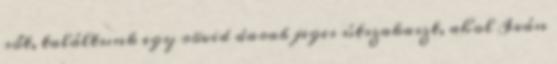
sőt, találtunk egy rövid darab jeges útszakaszt, ahol Iván